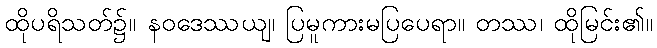
ထိုပရိသတ်၌။ နဝဒေဿယျ၊ ပြမူကားမပြပေရာ။ တဿ၊ ထိုမြင်း၏။